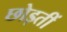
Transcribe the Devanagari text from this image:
छोड़तीं